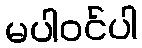
မပါဝင်ပါ